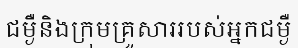
ជម្ងឺនិងក្រុមគ្រួសាររបស់អ្នកជម្ងឺ